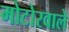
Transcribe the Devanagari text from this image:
मोटोरवाले